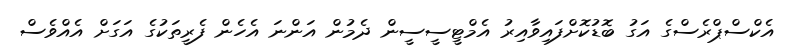
އެކްސްޕްރެސްގެ އަގު ބޮޑުކޮށްފައިވާއިރު އެމްޓީސީސީން ދެމުން އަންނަ އެހެން ފެރީތަކުގެ އަގަށް އެއްވެސް